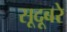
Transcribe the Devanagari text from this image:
सूदूबरे